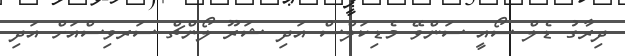
ދިރާގު ޑެލް ސޯއީ ސަންވޭ މެޑިކަލްސް އަދި ޝަރޫ ލޯންޗް ސަރވިސްއަށް އަދި